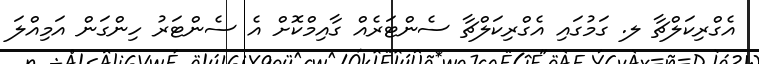
އެގްރިކަލްޗާ ލ. ގަމުގައި އެގްރިކަލްޗާ ސެންޓަރެއް ގާއިމްކޮށް އެ ސެންޓަރު ހިންގަން އަމިއްލަ